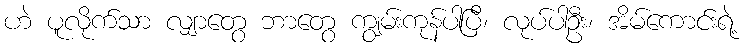
ဟဲ ပူလိုက်သာ လျှာတွေ ဘာတွေ ကျွမ်းကုန်ပါပြီ၊ လုပ်ပါဦး၊ အိမ်ကောင်းရဲ့